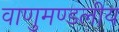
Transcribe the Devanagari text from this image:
वाणुमण्डलीय